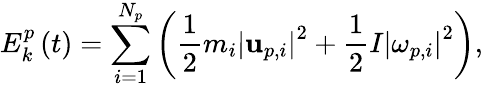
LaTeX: E_{k}^{p}\left(t\right)=\sum_{i=1}^{N_{p}}\left(\frac{1}{2}m_{i}\left|\mathbf{u}_{p,i}\right|^{2}+\frac{1}{2}I\left|\mathbf{\omega}_{p,i}\right|^{2}\right),